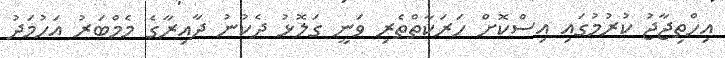
އިހްތިޖާޖު ކުރުމުގައި އިސްކޮށް ހަރަކާތްތެރި ވަނީ ގަލޮޅު ދެކުނު ދާއިރާގެ މެމްބަރު އަހުމަދު